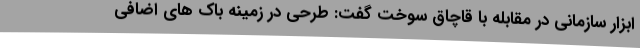
ابزار سازمانی در مقابله با قاچاق سوخت گفت: طرحی در زمینه باک های اضافی